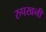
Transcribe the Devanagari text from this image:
रुपखनी